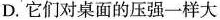
D.它们对桌面的压强一样大